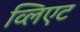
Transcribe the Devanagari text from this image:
व्लिएट